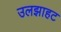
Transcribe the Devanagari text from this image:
उलझाहट